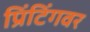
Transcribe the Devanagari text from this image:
प्रिंटिंगवर